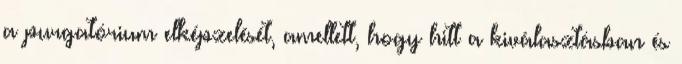
a purgatórium elképzelését, amellett, hogy hitt a kiválasztásban és